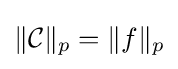
\|{\mathcal {C}}\|_{p}=\|f\|_{p}